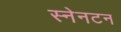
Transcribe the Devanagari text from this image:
स्नेनटन